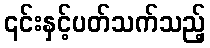
၎င်းနှင့်ပတ်သက်သည့်